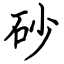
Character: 砂